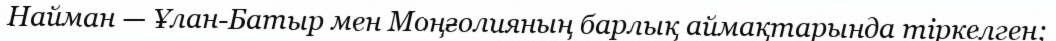
Найман — Ұлан-Батыр мен Моңғолияның барлық аймақтарында тіркелген;